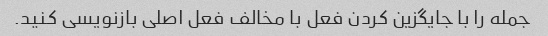
جمله را با جایگزین کردن فعل با مخالف فعل اصلی بازنویسی کنید.